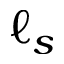
\ell _ { s }